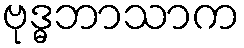
ဗုဒ္ဓဘာသာက